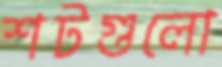
শটগুলো